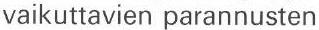
vaikuttavien parannusten